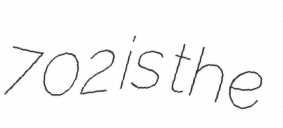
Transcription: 702 is the